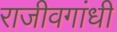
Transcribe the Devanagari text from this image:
राजीवगांधी